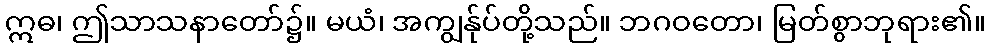
ဣဓ၊ ဤသာသနာတော်၌။ မယံ၊ အကျွန်ုပ်တို့သည်။ ဘဂဝတော၊ မြတ်စွာဘုရား၏။